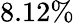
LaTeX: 8.12\%